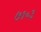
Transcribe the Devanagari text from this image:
७१०३